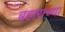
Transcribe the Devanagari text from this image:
बहाराच्या